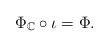
LaTeX: \begin{align*}\Phi_{\mathbb{C}}\circ\iota=\Phi.\end{align*}